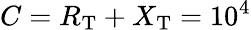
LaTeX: C=R_{\mathrm{T}}+X_{\mathrm{T}}=10^{4}